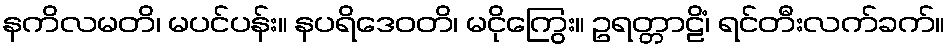
နကိလမတိ၊ မပင်ပန်း။ နပရိဒေဝတိ၊ မငိုကြွေး။ ဥရတ္တာဠိံ၊ ရင်တီးလက်ခက်။